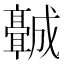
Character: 𬴡